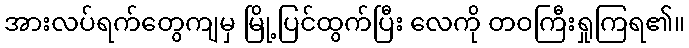
အားလပ်ရက်တွေကျမှ မြို့ပြင်ထွက်ပြီး လေကို တဝကြီးရှုကြရ၏။